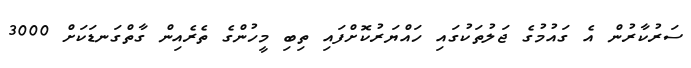
ސަރުކާރުން އެ ގައުމުގެ ޖަލުތަކުގައި ހައްޔަރުކޮށްފައި ތިބި މީހުންގެ ތެރެއިން ގާތްގަނޑަކަށް 3000